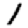
Digit: 1